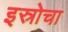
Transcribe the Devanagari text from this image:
इस्रोचा